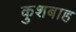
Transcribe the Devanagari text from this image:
कुशबाह